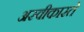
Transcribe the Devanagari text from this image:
अस्‍वीकारते